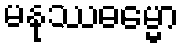
မနုဿဓမ္မော